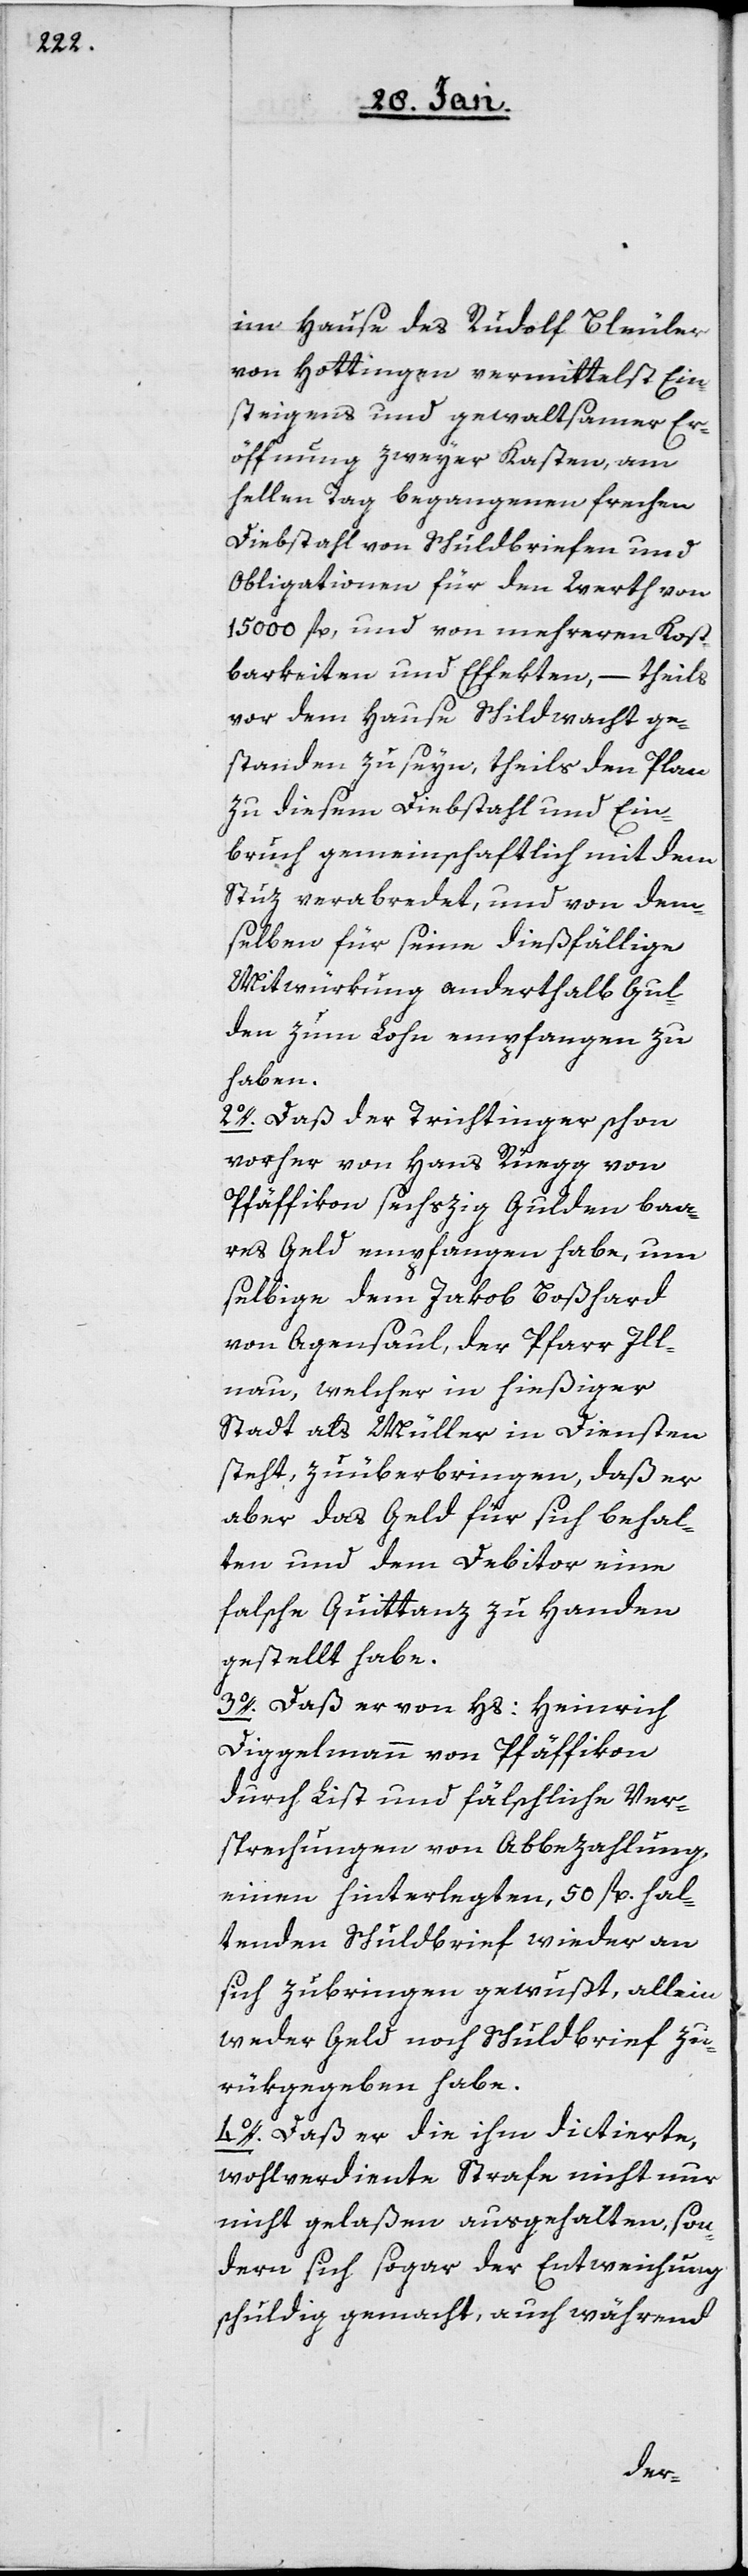
im Hause des Rudolf Bleuler
von Hottingen vermittelst Ein¬
steigens und gewaltsamer Er¬
öffnung zweyer Kasten, am
hellen Tag begangenen frechen
Diebstahl von Schuldbriefen und
Obligationen, für den Werth von
15000 fl, und von mehreren Kost¬
barkeiten und Effekten, – theils
vor dem Hause Schildwacht ge¬
standen zu seyn, theils den Plan
zu diesem Diebstahl und Ein¬
bruch gemeinschaftlich mit dem
Stuz verabredet, und von dem¬
selben für seine dießfällige
Mitwürkung anderthalb Gul¬
den zum Lohn empfangen zu
haben.
2o. Daß der Trichtinger schon
vorher von Hans Rüegg von
Pfäffikon sechszig Gulden baa¬
res Geld empfangen habe, um
selbige dem Jakob Boßhard
von Agensaul, der Pfarre Ill¬
nau, welcher in hießiger
Stadt als Müller in Diensten
steht, zu überbringen, daß er
aber das Geld für sich behal¬
ten und dem Debitor eine
falsche Quittenz zu Handen
gestellt habe.
3o. Daß er von Hs: Heinrich
Diggelmann von Pfäffikon
durch List und fälschliche Ver¬
sprechungen von Abbezahlung,
einen hinterlegten, 50 fl. hal¬
tenden Schuldbrief wieder an
sich zubringen gewußt, allein
weder Geld noch Schuldbrief zu¬
rükgegeben habe.
4o. Daß er die ihm dictierte,
wohlverdiente Strafe nicht nur
nicht gelaßen ausgehalten, son¬
dern sich sogar der Entweichung
schuldig gemacht, auch während